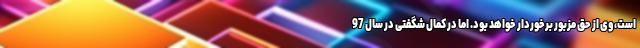
است، وی از حق مزبور برخوردار خواهد بود. اما در کمال شگفتی در سال 97